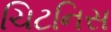
ચિટનિસ